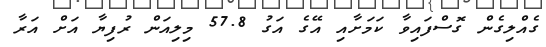
ގެއްލިގެން ގޮސްފައިވާ ކަމަށާއި އޭގެ އަގު 57.8 މިލިއަން ރުފިޔާ އަށް އަރާ